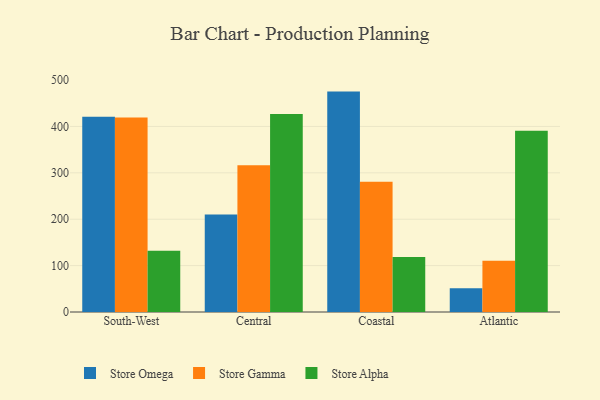
{"axis": {"x": "Region", "y": "Gross Profit (USD K)"}, "legend": ["Store Alpha", "Store Gamma", "Store Omega"], "data": [{"x": "South-West", "y": 421.0, "type": "Store Omega"}, {"x": "South-West", "y": 419.0, "type": "Store Gamma"}, {"x": "South-West", "y": 132.0, "type": "Store Alpha"}, {"x": "Central", "y": 210.2, "type": "Store Omega"}, {"x": "Central", "y": 316.1, "type": "Store Gamma"}, {"x": "Central", "y": 426.6, "type": "Store Alpha"}, {"x": "Coastal", "y": 475.1, "type": "Store Omega"}, {"x": "Coastal", "y": 280.7, "type": "Store Gamma"}, {"x": "Coastal", "y": 118.3, "type": "Store Alpha"}, {"x": "Atlantic", "y": 51.0, "type": "Store Omega"}, {"x": "Atlantic", "y": 110.3, "type": "Store Gamma"}, {"x": "Atlantic", "y": 390.6, "type": "Store Alpha"}]}